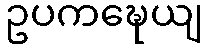
ဥပကဍ္ဎေယျ